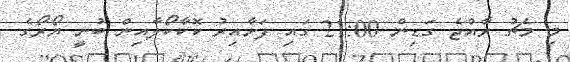
މި މެޗު ރާއްޖެ ގަޑިން 21:00 ގައި ފަށާއިރު ކޮކާކޯލާއިން ބުނީ ޔޯރޯގެ